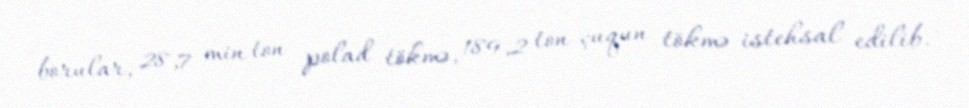
borular, 28,7 min ton polad tökmə, 189,2 ton çuqun tökmə istehsal edilib.